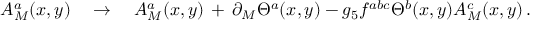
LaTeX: A _ { M } ^ { a } ( x , y ) \quad \to \quad A _ { M } ^ { a } ( x , y ) \, + \, \partial _ { M } \Theta ^ { a } ( x , y ) - g _ { 5 } f ^ { a b c } \Theta ^ { b } ( x , y ) A _ { M } ^ { c } ( x , y ) \, .